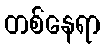
တစ်နေရာ